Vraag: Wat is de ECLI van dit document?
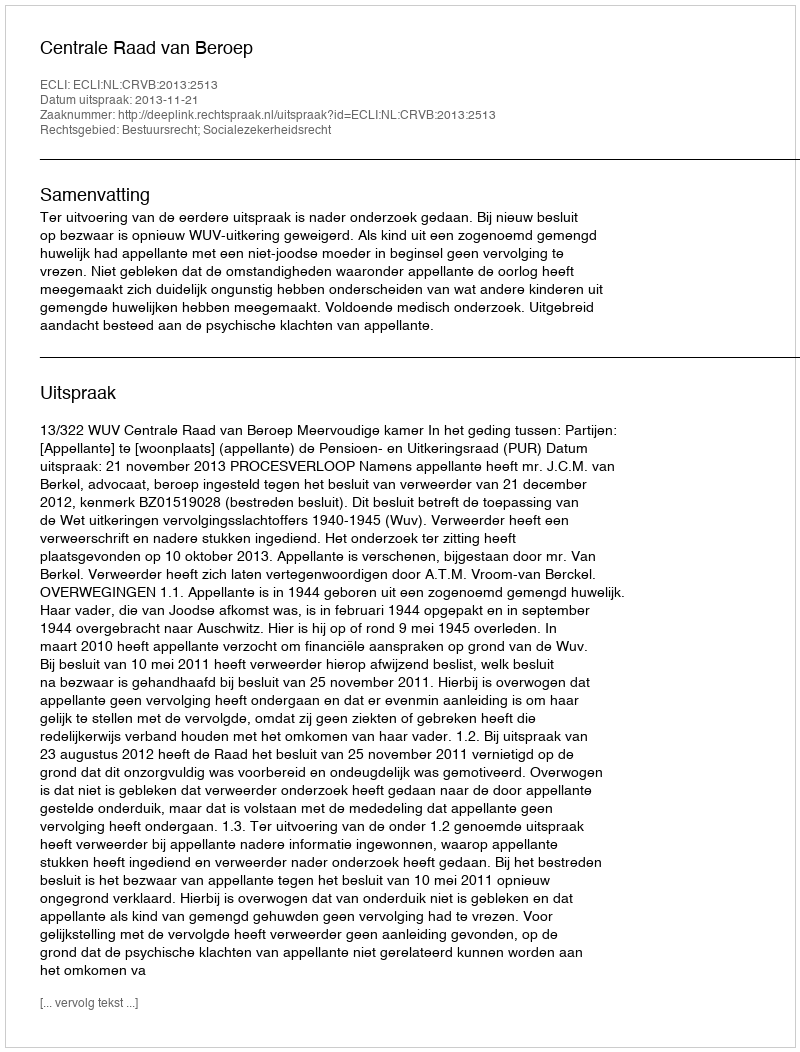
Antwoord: ECLI:NL:CRVB:2013:2513